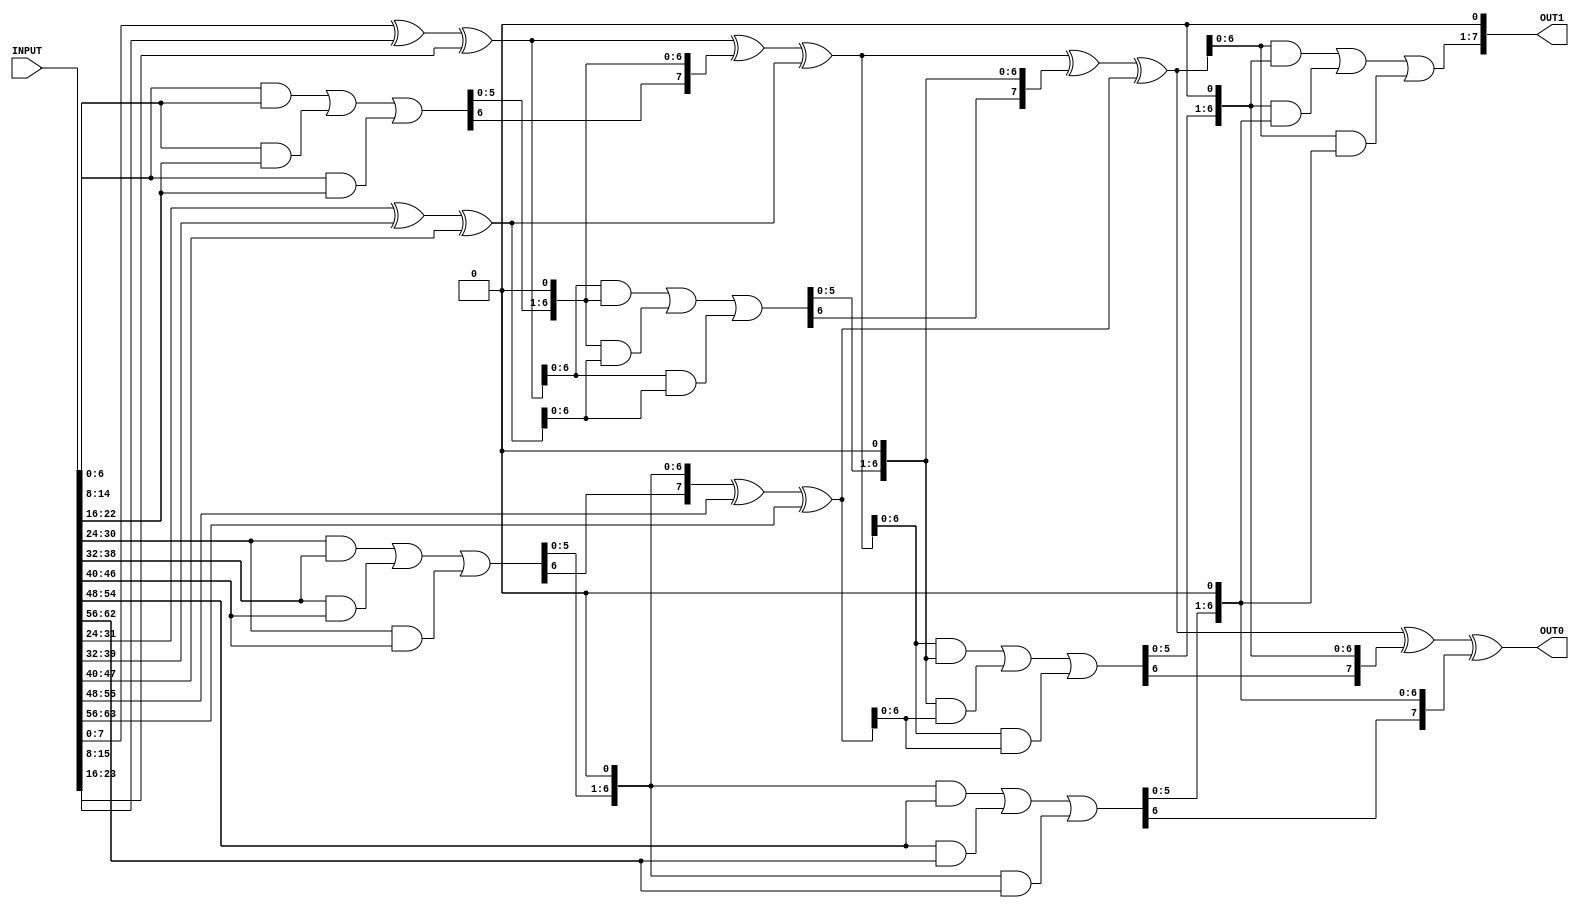
// This program was cloned from: https://github.com/TILOS-AI-Institute/MacroPlacement
// License: BSD 3-Clause "New" or "Revised" License

// ================================================================
// NVDLA Open Source Project
//
// Copyright(c) 2016 - 2017 NVIDIA Corporation. Licensed under the
// NVDLA Open Hardware License; Check "LICENSE" which comes with
// this distribution for more information.
// ================================================================
module NV_DW02_tree( INPUT, OUT0, OUT1 );
parameter num_inputs = 8;
parameter input_width = 8;
input [num_inputs*input_width-1 : 0] INPUT;
output [input_width-1:0] OUT0, OUT1;
reg [input_width-1 : 0] input_array [num_inputs-1 : 0];
reg [input_width-1 : 0] temp_array [num_inputs-1 : 0];
reg [input_width-1 : 0] input_slice;
integer num_in;
integer i, j;
always @ (INPUT) begin
    for (i=0 ; i < num_inputs ; i=i+1) begin
        for (j=0 ; j < input_width ; j=j+1) begin
            input_slice[j] = INPUT[i*input_width+j];
        end
        input_array[i] = input_slice;
    end
    for (num_in = num_inputs; num_in > 2 ; num_in = num_in - (num_in/3)) begin
        for (i=0 ; i < (num_in/3) ; i = i+1) begin
            temp_array[i*2] = input_array[i*3] ^ input_array[i*3+1] ^ input_array[i*3+2]; //get partial sum
            temp_array[i*2+1] = ((input_array[i*3] & input_array[i*3+1]) |(input_array[i*3+1] & input_array[i*3+2]) | (input_array[i*3] & input_array[i*3+2])) << 1; //get shift carry
        end
        if ((num_in % 3) > 0) begin
            for (i=0 ; i < (num_in % 3) ; i = i + 1)
                temp_array[2 * (num_in/3) + i] = input_array[3 * (num_in/3) + i];
        end
        for (i=0 ; i < num_in ; i = i + 1)
             input_array[i] = temp_array[i]; //update input array.
    end
end
assign OUT0 = input_array[0];
assign OUT1 = input_array[1];
endmodule